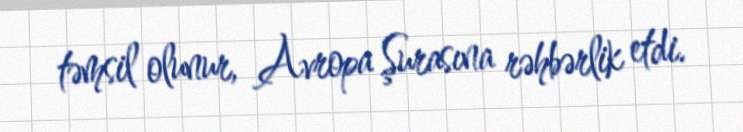
təmsil olunur, Avropa Şurasına rəhbərlik etdi.